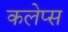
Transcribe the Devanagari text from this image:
कलेप्स